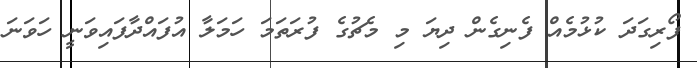
ފޯރިގަދަ ކުޅުމެއް ފެނިގެން ދިޔަ މި މެޗުގެ ފުރަތަމަ ހަމަލާ އުފައްދާފައިވަނީ ހަވަނަ